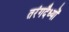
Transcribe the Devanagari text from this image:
तरंगदैध्यों